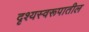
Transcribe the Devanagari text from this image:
दृश्यस्वरूपातील